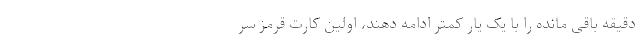
دقیقه باقی مانده را با یک یار کمتر ادامه دهند، اولین کارت قرمز سر